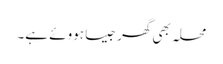
محلہ بھی گھر جیسا ہووئے ہے۔